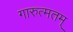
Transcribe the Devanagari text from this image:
गारुत्मतम्